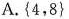
A.{4，8}